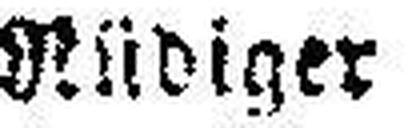
Rüdiger